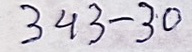
343 - 30